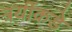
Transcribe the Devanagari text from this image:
त्रयींकडे